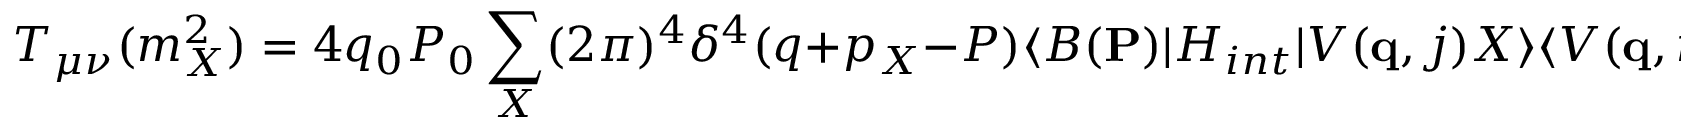
T _ { \mu \nu } ( m _ { X } ^ { 2 } ) = 4 q _ { 0 } P _ { 0 } \sum _ { X } ( 2 \pi ) ^ { 4 } \delta ^ { 4 } ( q + p _ { X } - P ) \langle B ( { \bf P } ) | H _ { i n t } | V ( { \bf q } , j ) X \rangle \langle V ( { \bf q } , i ) X | H _ { i n t } | B ( { \bf P } ) \rangle .